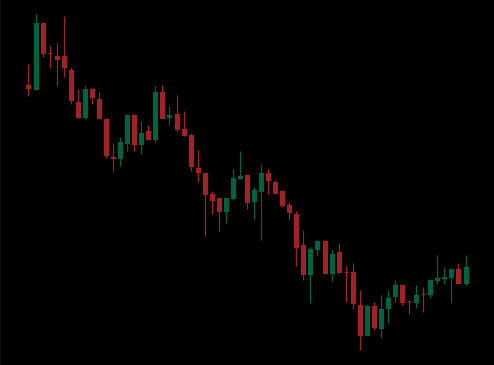
Pattern: bull_flag